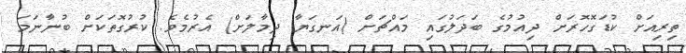
ތިރިއަށް ކުޑަގޮހޮރަށް ދިއުމުގެ ބަދަލުގައި މައްޗަށް (އަނގަޔާ ދިމާލަށް) އެރުމެވެ. ކުރުގޮތަކަށް ބުނާނަމަ